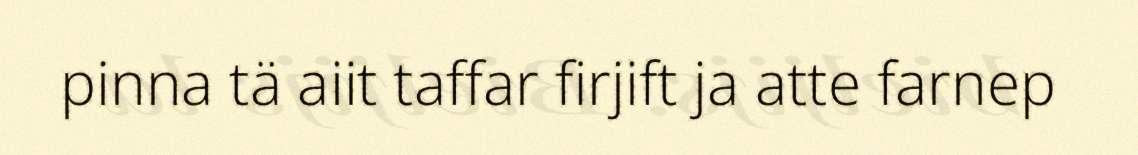
pinna tä aiit taffar firjift ja atte farnep